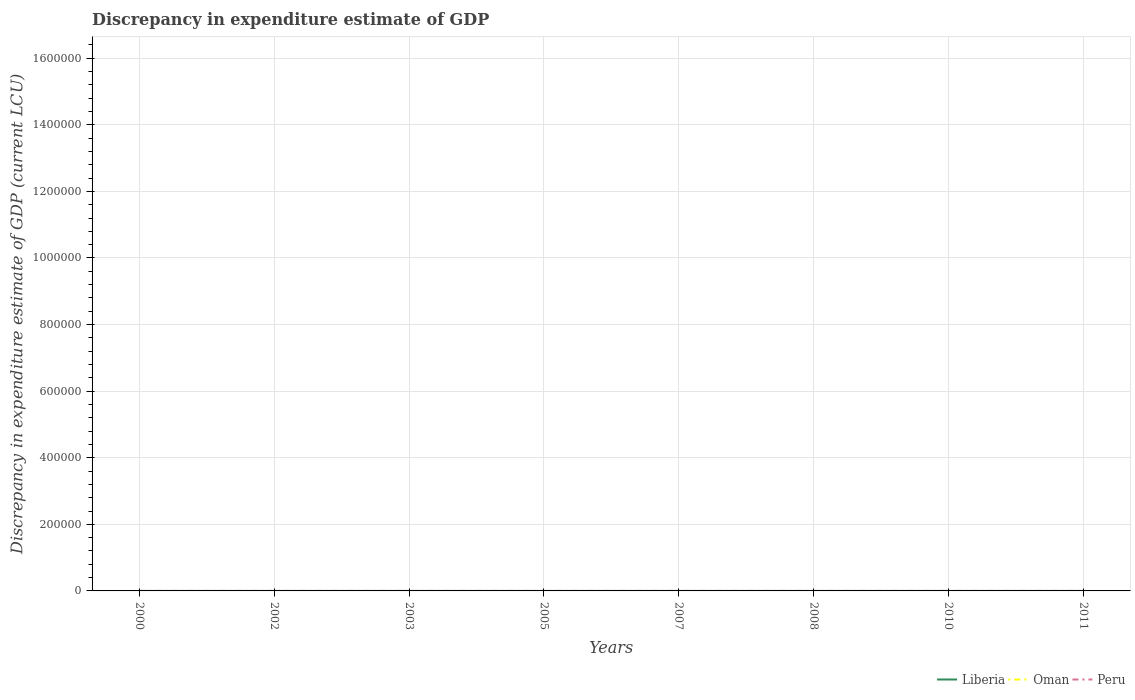
| Years | Liberia | Oman | Peru |
 | --- | --- | --- | --- |
 | 2000 | -7e-09 | -1e+05 | -2.4e-05 |
 | 2002 | -2.6e-08 | -3e+05 | -8e-06 |
 | 2003 | 3e-08 | -3e+05 | -8e-06 |
 | 2005 | 1.7e-08 | -2e+05 | 2.2e-05 |
 | 2007 | -4.93e-06 | -3.33e+07 | 6e-05 |
 | 2008 | 4.86e-06 | -2.8e+06 | -5e-06 |
 | 2010 | -1e-06 | -8e+05 | -8e-05 |
 | 2011 | 4.83e-06 | -3e+05 | -8e-05 |